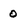
Character: 0